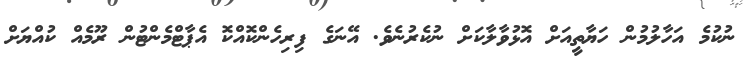
ނުކުމެ އަހާލުމުން ހަޔާތީއަށް އޮޅުވާލާކަށް ނުކެރުނެވެ. އޭނަގެ ފިރިހެންކޮއްކޮ އެޕާޓްމެންޓުން ރޫމެއް ކުއްޔަށް